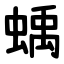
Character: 蝺